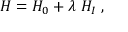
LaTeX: H = H _ { 0 } + \lambda \; H _ { I } \; ,